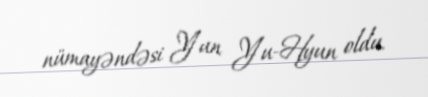
nümayəndəsi Yun Yu-Hyun oldu.